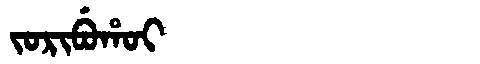
Manchu: ᠵᠣᡵᡳᠪᡠᡥᠣᡳ
Romanization: JORIBUHOI